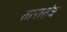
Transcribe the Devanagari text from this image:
तारातंत्र